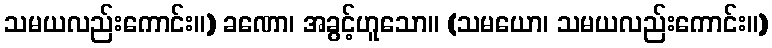
သမယလည်းကောင်း။) ခဏော၊ အခွင့်ဟူသော။ (သမယော၊ သမယလည်းကောင်း။)